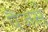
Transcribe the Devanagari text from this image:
पैंजर्स